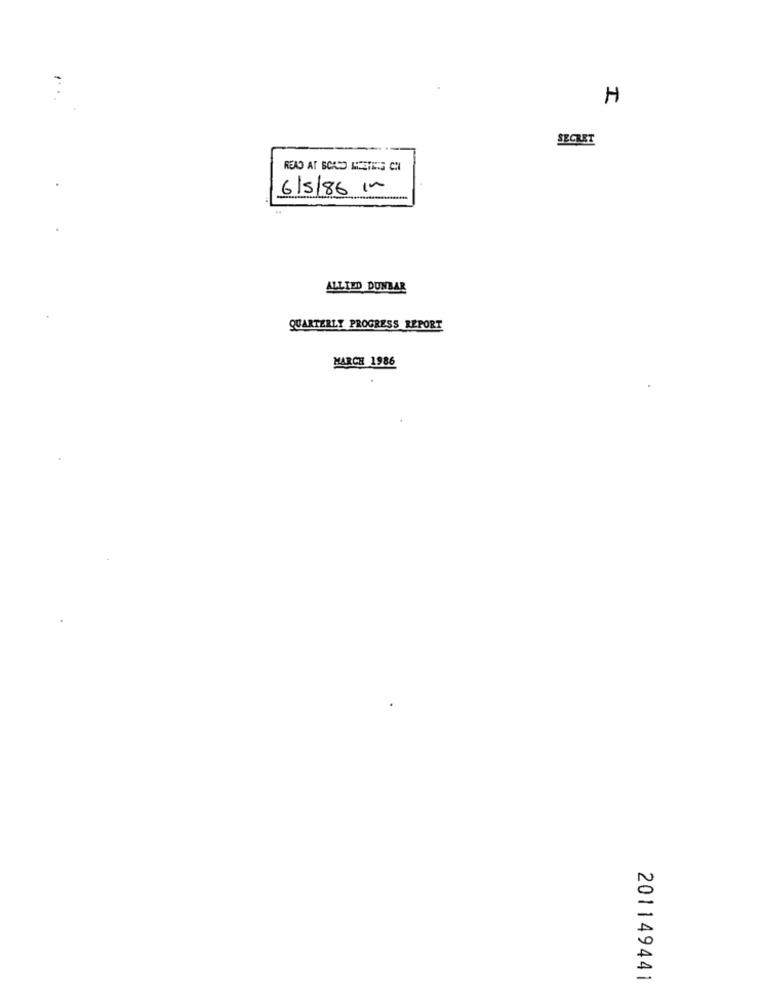
H
SECRET
READ AT SCASO MEERESS CH
6/5/86 in
ALLIED DUNBAR
QUARTERLY PROGRESS REPORT
MARCH 1986
201149441